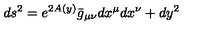
d s ^ { 2 } = e ^ { 2 A ( y ) } \bar { g } _ { \mu \nu } d x ^ { \mu } d x ^ { \nu } + d y ^ { 2 } \